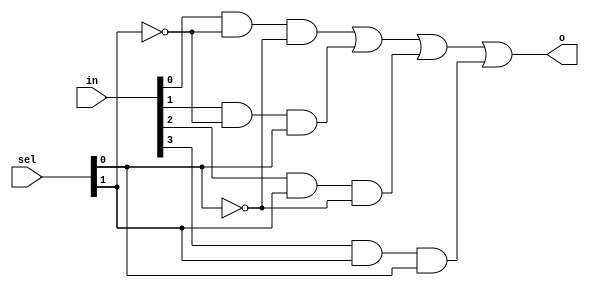
`timescale 1ns / 1ps
//////////////////////////////////////////////////////////////////////////////////
// Company: 
// Engineer: 
// 
// Design Name: 
// Module Name: m4_1e
// Project Name: 
// Target Devices: 
// Tool Versions: 
// Description: 
// 
// Dependencies: 
// 
// Revision:
// Revision 0.01 - File Created
// Additional Comments:
// 
//////////////////////////////////////////////////////////////////////////////////


module m4_1e(
    input [3:0] in,
    input [1:0] sel,
    output o
    );

wire a,b,c,d;

assign a = in[0]&~sel[1]&~sel[0];
assign b = in[1]&~sel[1]&sel[0];
assign c = in[2]&sel[1]&~sel[0];
assign d = in[3]&sel[1]&sel[0];
assign o = (a|b|c|d);

endmodule